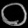
Digit: ၀